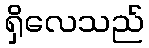
ရှိလေသည်